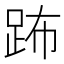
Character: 𨀒